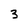
Character: 3